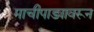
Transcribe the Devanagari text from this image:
माचीपाड्यावरून